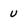
Character: u